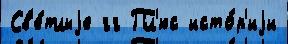
Св'е́тлыjе гг Пл'юс исто́р'иjи